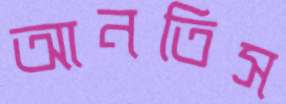
আনতিস